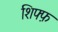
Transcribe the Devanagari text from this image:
शिफ्फ़